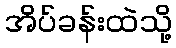
အိပ်ခန်းထဲသို့